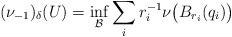
LaTeX: \begin{align*}(\nu_{-1})_{\delta}(U)= \inf_{\mathcal{B}}\sum_i r_i^{-1} \nu\big(B_{r_i}(q_i)\big) \end{align*}